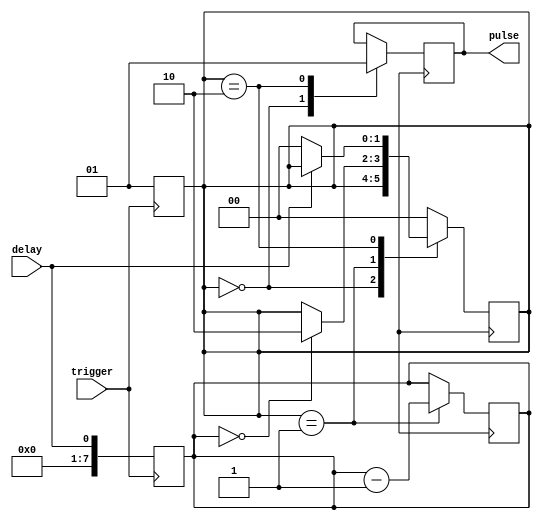
module one_shot_timer(
    input trigger,
    input delay,
    output reg pulse
);

reg [1:0] state;
reg [7:0] count;

always @(posedge trigger) begin
    state <= 2'b01; //Start timer
    count <= delay;
end

always @(posedge clock) begin
    case(state)
        2'b00: begin //Idle state
            pulse <= 1'b0;
        end
        2'b01: begin //Waiting for trigger
            count <= count - 1;
            if(count == 0) begin
                state <= 2'b10; //Activate pulse
            end
        end
        2'b10: begin //Generate pulse
            pulse <= 1'b1;
            if(delay == 0) begin
                state <= 2'b00; //Reset timer
            end
        end
        default: state <= 2'b00; //Default to idle state
    endcase
end

endmodule